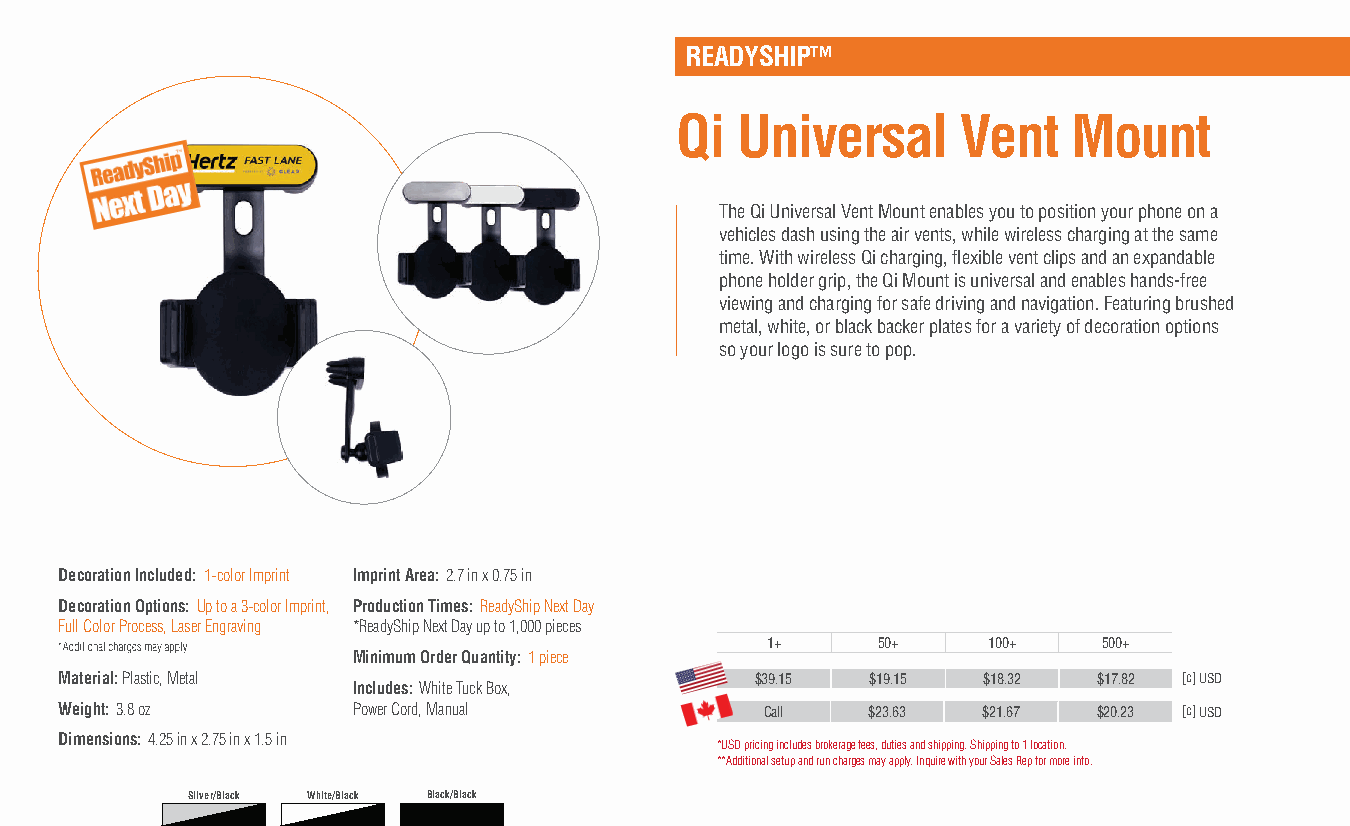
READYSHIP™
 Qi  Universal      Vent   Mount
 The Qi Universal Vent Mount enables you to position your phone on a
 vehicles dash using the air vents, while wireless charging at the same
 time. With wireless Qi charging, fl exible vent clips and an expandable
 phone holder grip, the Qi Mount is universal and enables hands-free
 viewing and charging for safe driving and navigation. Featuring brushed
 metal, white, or black backer plates for a variety of decoration options
 so your logo is sure to pop.
 Decoration Included: 1-color Imprint Imprint Area: 2.7 in x 0.75 in
 Decoration Options: Up to a 3-color Imprint, Production Times: ReadyShip Next Day
 Full Color Process, Laser Engraving *ReadyShip Next Day up to 1,000 pieces
 1+     50+    100+    500+
 Minimum Order Quantity: 1 piece
 Material: Plastic, Metal                      $39.15  $19.15 $18.32  $17.82 [c] USD
 Includes: White Tuck Box,
 Weight: 3.8 oz     Power Cord, Manual          Call  $23.63  $21.67  $20.23 [c] USD
 Dimensions: 4.25 in x 2.75 in x 1.5 in
 *USD pricing includes brokerage fees, duties and shipping. Shipping to 1 location.
 **Additional setup and run charges may apply. Inquire with your Sales Rep for more info.
 Silver/Black White/Black Black/Black